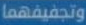
وتجفيفهما